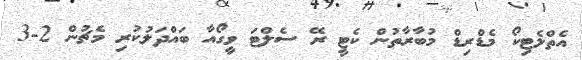
އެތްލެޓިކޯ މެޑްރިޑް މުބާރާތުން ކެޓީ ރޭ ސެލްޓަ ވީގޯއާ ބައްދަލުކުރި މެޗުން 2-3